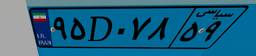
۹۵D۰۷۸۵۹